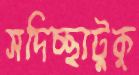
সদিচ্ছাটুকু